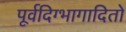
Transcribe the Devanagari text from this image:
पूर्वदिग्भागादितो